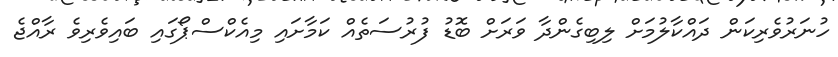
ހުނަރުވެރިކަން ދައްކާލުމަށް ލިބިގެންދާ ވަރަށް ބޮޑު ފުރުސަތެއް ކަމާށައި މިއެކްސްޕޯގައި ބައިވެރިވެ ރާއްޖެ